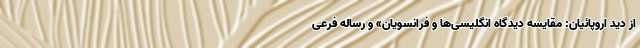
از دید اروپائیان: مقایسه دیدگاه انگلیسی‌ها و فرانسویان» و رساله فرعی